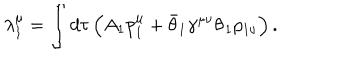
\lambda _ { 1 } ^ { \mu } = \int d \tau \left( A _ { 1 } p _ { 1 } ^ { \mu } + \bar { \theta } _ { 1 } \gamma ^ { \mu \nu } \dot { \theta } _ { 1 } p _ { 1 \nu } \right) .